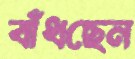
বাঁধছেন